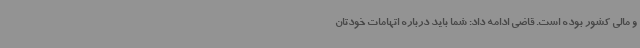
و مالی کشور بوده است. قاضی ادامه داد: شما باید درباره اتهامات خودتان